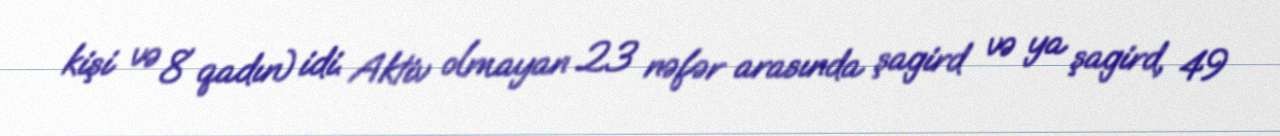
kişi və 8 qadın) idi. Aktiv olmayan 23 nəfər arasında şagird və ya şagird, 49